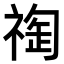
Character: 𥚬